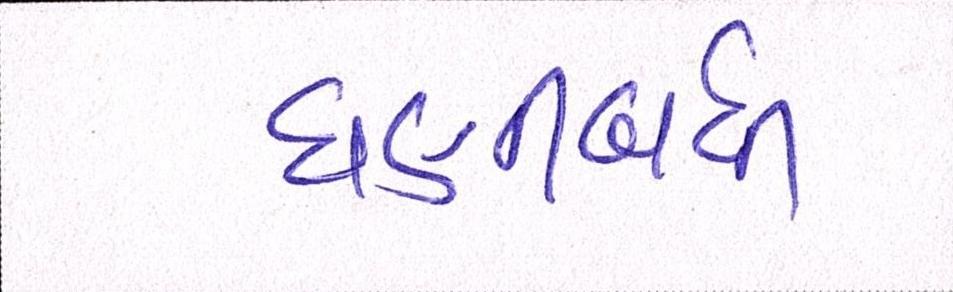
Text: ઘણીબધી